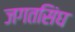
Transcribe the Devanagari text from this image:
जगतसिंघ